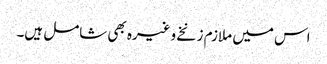
اس میں ملازم زنخے وغیرہ بھی شامل ہیں۔